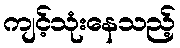
ကျင့်သုံးနေသည့်